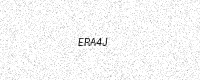
Text: ERA4J